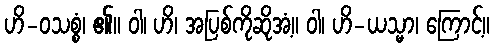
ဟိ-ဝသစ္စံ၊ ၏။ ဝါ၊ ဟိ၊ အပြစ်ကိုဆိုအံ့။ ဝါ၊ ဟိ-ယသ္မာ၊ ကြောင့်။